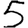
Digit: 5